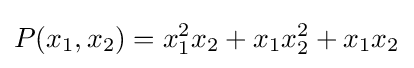
P(x_{1},x_{2})=x_{1}^{2}x_{2}+x_{1}x_{2}^{2}+x_{1}x_{2}